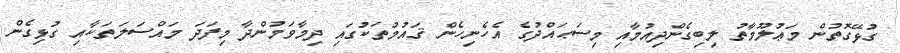
ގުޅޭގޮތުން މަޢުލޫމާތު ލިބިގެންދިއުމާއި މިސަޙައްދުގެ އެހެނިހެން ޤައުމުތަކުގައި ދިމާވަމުންދާ މިފަދަ މައްސަލަތަކާއި ގުޅިގެން